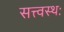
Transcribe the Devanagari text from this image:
सत्त्वस्थः